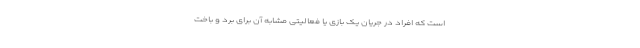
است که افراد در جریان یک بازی یا فعالیتی مشابه آن برای برد و باخت